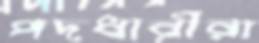
পদধারীরা